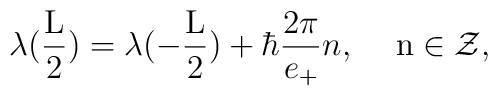
\lambda (\frac{\rm L}{2})=\lambda (- \frac{\rm L}{2}) + {\hbar} {\frac{2\pi}{e_{+}}}n, \hspace{5 mm}{\rm n} \in \cal Z,